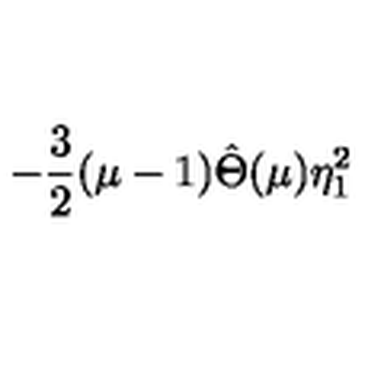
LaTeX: - \frac { 3 } { 2 } ( \mu - 1 ) \hat { \Theta } ( \mu ) \eta _ { 1 } ^ { 2 }